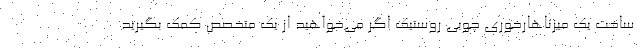
ساخت یک میزناهارخوری چوبی روستیک اگر می‌خواهید از یک متخصص کمک بگیرید